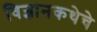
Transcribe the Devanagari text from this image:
विज्ञानकथेचे